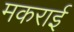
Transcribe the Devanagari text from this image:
मकराई